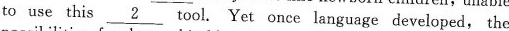
to use this \underline{2} tool. Yet once language developed, the